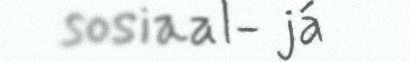
sosiaal- já